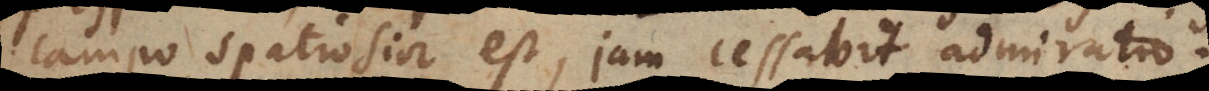
campo spatiosior est, jam cessabit admiratio.